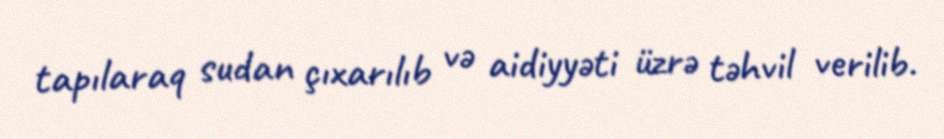
tapılaraq sudan çıxarılıb və aidiyyəti üzrə təhvil verilib.